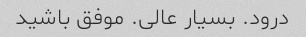
درود. بسیار عالی. موفق باشید